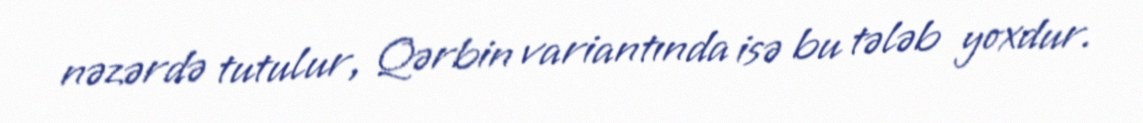
nəzərdə tutulur, Qərbin variantında isə bu tələb yoxdur.